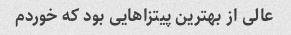
عالی از بهترین پیتزاهایی بود که خوردم